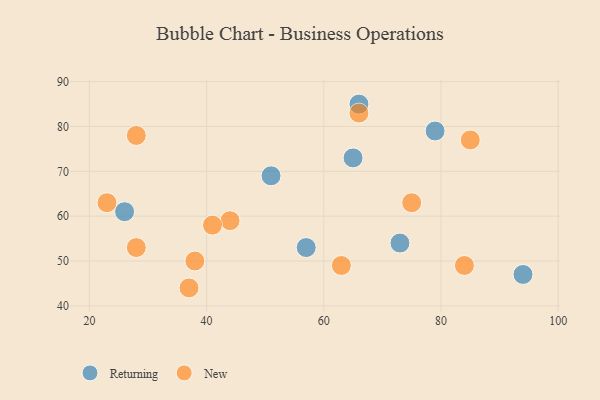
{"axis": {"x": "GDP", "y": "Life Expectancy"}, "legend": ["New", "Returning"], "data": [{"x": "65", "y": 73, "type": "Returning"}, {"x": "66", "y": 85, "type": "Returning"}, {"x": "26", "y": 61, "type": "Returning"}, {"x": "51", "y": 69, "type": "Returning"}, {"x": "79", "y": 79, "type": "Returning"}, {"x": "94", "y": 47, "type": "Returning"}, {"x": "73", "y": 54, "type": "Returning"}, {"x": "57", "y": 53, "type": "Returning"}, {"x": "75", "y": 63, "type": "New"}, {"x": "84", "y": 49, "type": "New"}, {"x": "66", "y": 83, "type": "New"}, {"x": "23", "y": 63, "type": "New"}, {"x": "28", "y": 53, "type": "New"}, {"x": "63", "y": 49, "type": "New"}, {"x": "44", "y": 59, "type": "New"}, {"x": "85", "y": 77, "type": "New"}, {"x": "37", "y": 44, "type": "New"}, {"x": "41", "y": 58, "type": "New"}, {"x": "38", "y": 50, "type": "New"}, {"x": "28", "y": 78, "type": "New"}]}